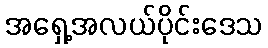
အရှေ့အလယ်ပိုင်းဒေသ